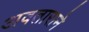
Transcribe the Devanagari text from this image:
अवताराने